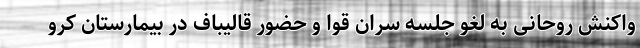
واکنش روحانی به لغو جلسه سران قوا و حضور قالیباف در بیمارستان کرو